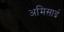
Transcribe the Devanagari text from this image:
अमिसाई